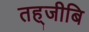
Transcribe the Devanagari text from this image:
तह्जीबि